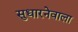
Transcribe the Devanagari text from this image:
सुधारनेवाला